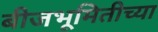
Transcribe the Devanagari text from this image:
बीजभूमितीच्या